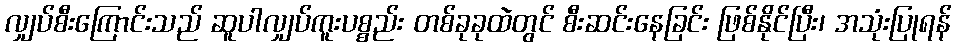
လျှပ်စီးကြောင်းသည် ဆူပါလျှပ်ကူးပစ္စည်း တစ်ခုခုထဲတွင် စီးဆင်းနေခြင်း ဖြစ်နိုင်ပြီး၊ အသုံးပြုရန်